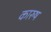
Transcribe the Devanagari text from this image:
कारुष